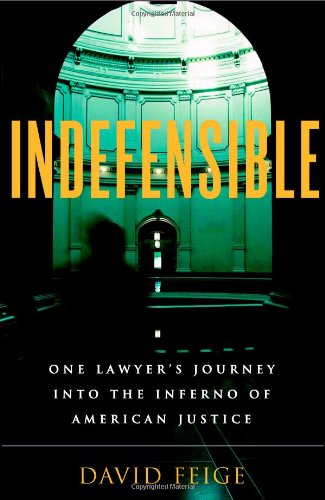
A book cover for Indefensible: One Lawyer's Journey into the Inferno of American Justice; David Feige; Law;